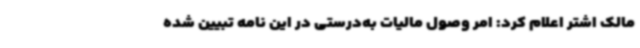
مالک اشتر اعلام کرد: امر وصول مالیات به‌درستی در این نامه تبیین شده